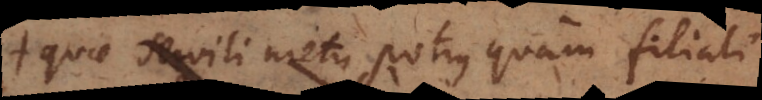
quae servili metu potius quam filiali